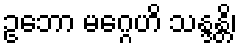
ဥဘော မဂ္ဂေဟိ သန္ဒန္တိ၊